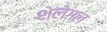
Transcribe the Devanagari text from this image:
शेलेगल